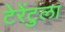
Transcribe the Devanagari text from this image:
टेरेंटुला